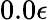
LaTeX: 0.0\epsilon